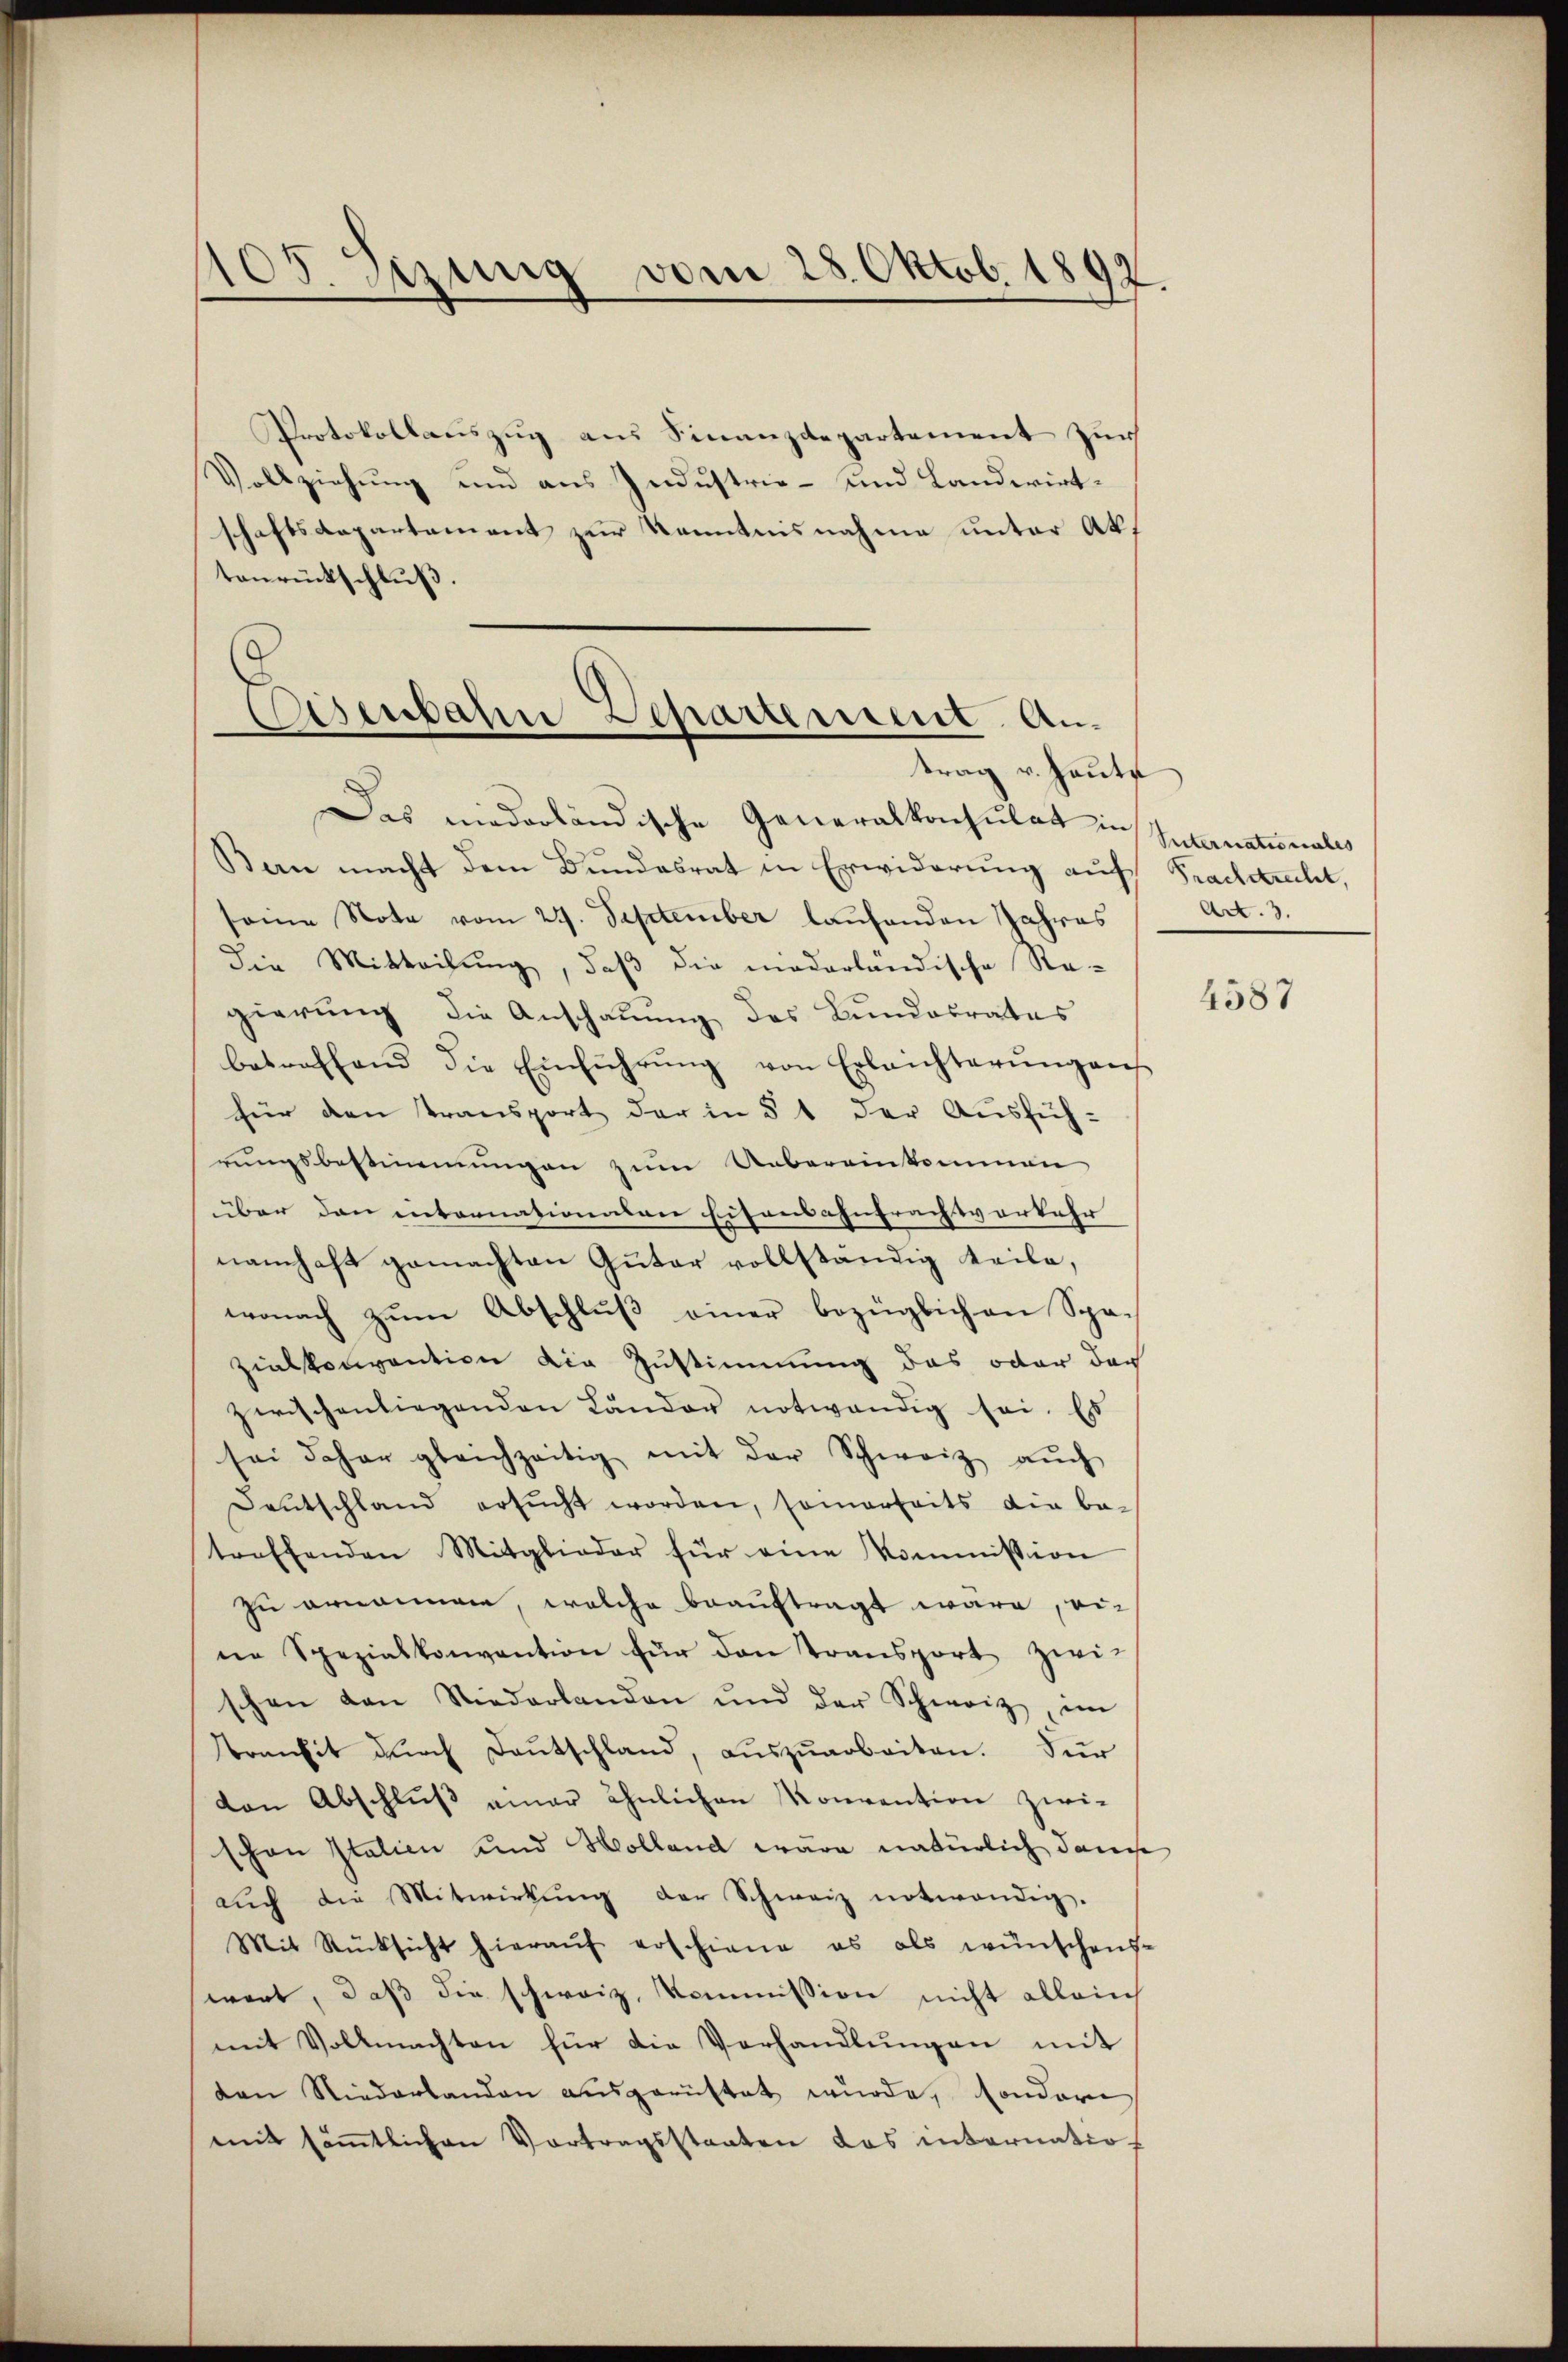
105. Jezung vom 28. Oktob. 1892.

Protokollauszug aus Finanzdepartement zur
Vollziehung und aus Industrie- und Landwirtschaftsdepartement zur Kenntnisnahme unter Aktonrückschluß.

Eisenbahn Departement. Antrag v. Haute

Das niederländische Generalkonsulat in
Bern macht dem Bundesrat in Erwiderung auf Prachtrecht,
seine Nota vom 29. September laufenden Jahres
die Mitteilung, daß die niederländische Re-
gierung die Anschauung des Bundesrates
betreffend die Einführŭng von Erleichterŭngen
für den Transport der in § 1 der Ausfüh-
rungsbestimmungen zum Uebereinkommen
über den internationaten Eisensantrachtverkehr
namhaft gemachten Guter vollständig teile,
wonach zum Abschluß einer bezüglichen Spa¬
Zialkonvention die Zustimmung das octor der
zwischenliegenden Länder notwendig sei. Es
sei daher gleichzeitig mit der Schweiz aŭch
Deŭtschland ersŭcht worden, seinerseits die be-
treffenden Mitglieder für eine Kommission
zu ornamen, welche beauftragt wäre, ei-
ne Spezialkonvention für den Transport zwi-
schen von Niederlanden und der Schweiz, im
transit dŭrch Daŭtschland, aŭszŭarbeiten. Für
von Abschluß einer ähnlichen Konvention zwi-
schon Italien und Holland wäre natürlich dann
auch die Mitwirkung der Schweiz notwendig.
Mit Rücksicht hieraŭf erschiene es als wünschens-
wart, daß die schweiz. Kommission nicht allein
mit Vollmachten für die Verhandlungen mit
den Niederlanden ausgerüstet wurde, sonder
mit säṁtlichen Vortragsstaaten das internatio-

Suternationales
Art. 3.

4587